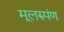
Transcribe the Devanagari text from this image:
मूलरुपंण